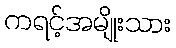
ကရင့်အမျိုးသား